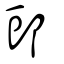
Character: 郖